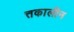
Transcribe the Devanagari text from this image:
त्तकालीन